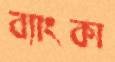
ব্যাংকা